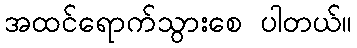
အထင်ရောက်သွားစေ ပါတယ်။